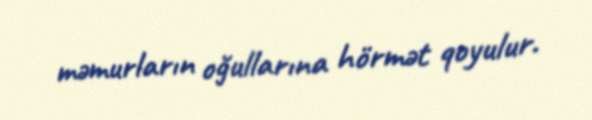
məmurların oğullarına hörmət qoyulur.